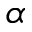
\alpha